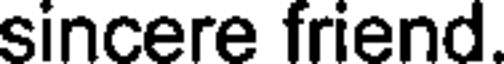
sincere friend.